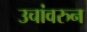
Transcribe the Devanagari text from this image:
उचांवरुन